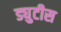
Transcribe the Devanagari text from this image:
ड्युटीस